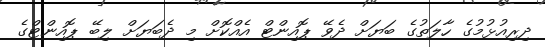
ދިރިއުޅުމުގެ ހާލަތުގެ ބަޔަށް ދެވޭ ޕޮއިންޓް އެއްކޮށް މި ދެބަޔަށް ލިބޭ ޕޮއިންޓްގެ